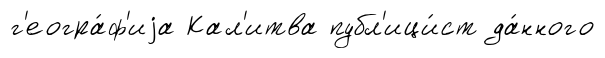
г'еогра́ф'иjа Кал'итва публ'ици́ст да́нного